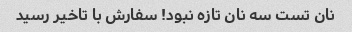
نان تست سه نان تازه نبود! سفارش با تاخیر رسید